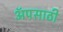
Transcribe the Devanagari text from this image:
अॅपसाठी